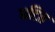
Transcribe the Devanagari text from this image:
धटित